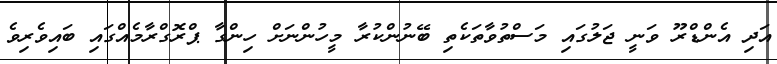
އަދި އެންޑްރޫ ވަނީ ޖަލުގައި މަސްތުވާތަކެތި ބޭނުންކުރާ މީހުންނަށް ހިންގާ ޕްރޮގްރާމެއްގައި ބައިވެރިވެ